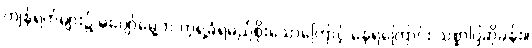
ကျန်ရက်များ၌ မပျော်မွေ့ဘဲ ကဲ့ရဲ့ခံရမည်စိုးသောကြောင့် နေရကြောင်း သစ္စာပြဆိုခန်း။